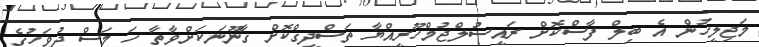
މަޖިލީހުން އެ ބިލް ފާސްކޮށް ރައީސުލްޖުމްހޫރީއްޔާ ތަސްދީގްކޮށް ގާނޫނަކަށްވާތާ ހަ މަސް ދުވަހުގެ